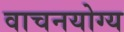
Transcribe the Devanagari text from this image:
वाचनयोग्य